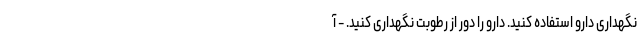
نگهداری دارو استفاده کنید. دارو را دور از رطوبت نگهداری کنید. - آ